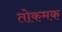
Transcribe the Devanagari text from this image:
तोकमक